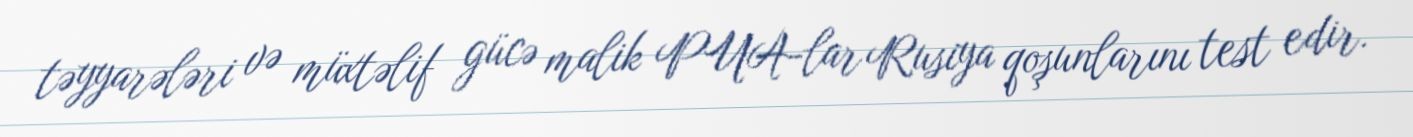
təyyarələri və müxtəlif gücə malik PUA-lar Rusiya qoşunlarını test edir.